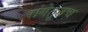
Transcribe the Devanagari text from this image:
रांगेतूनच